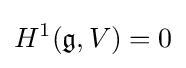
H^{1}({\mathfrak {g}},V)=0